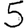
Digit: 5